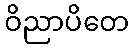
ဝိညာပိတေ